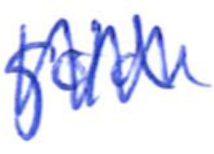
Text: gold
Cross-out: zig-zag
Writing tool: ballpoint